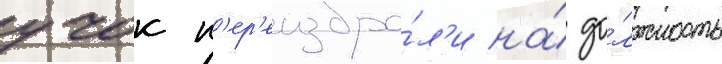
учок п'ер'еизбра́л'и на́ до́лжность